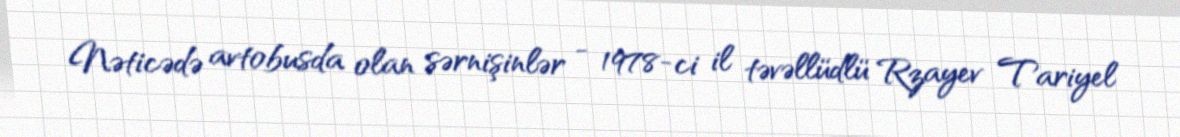
Nəticədə avtobusda olan sərnişinlər - 1978-ci il təvəllüdlü Rzayev Tariyel